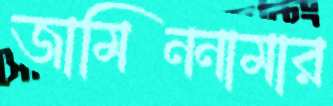
জামিননামার